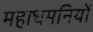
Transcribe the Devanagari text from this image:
महाधमनियों